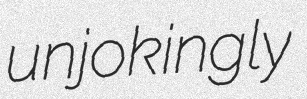
unjokingly